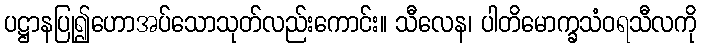
ပဋ္ဌာနပြု၍ဟောအပ်သောသုတ်လည်းကောင်း။ သီလေန၊ ပါတိမောက္ခသံဝရသီလကို